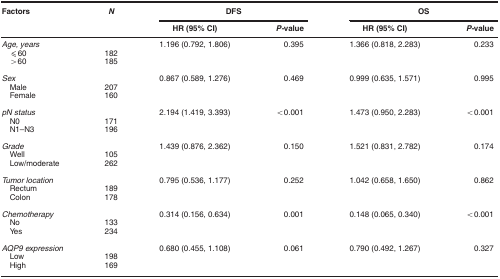
<table><thead><tr><td><b>Factors</b></td><td><b><i>N</i></b></td><td colspan="2"><b>DFS</b></td><td colspan="2"><b>OS</b></td></tr><tr><td><b> </b></td><td><b> </b></td><td><b>HR (95% CI)</b></td><td><b><i>P-</i>value</b></td><td><b>HR (95% CI)</b></td><td><b><i>P-</i>value</b></td></tr></thead><tbody><tr><td><i>Age, years</i></td><td> </td><td>1.196 (0.792, 1.806)</td><td>0.395</td><td>1.366 (0.818, 2.283)</td><td>0.233</td></tr><tr><td> ⩽60</td><td>182</td><td> </td><td> </td><td> </td><td> </td></tr><tr><td> &gt;60</td><td>185</td><td> </td><td> </td><td> </td><td> </td></tr><tr><td> </td><td> </td><td> </td><td> </td><td> </td><td> </td></tr><tr><td><i>Sex</i></td><td> </td><td>0.867 (0.589, 1.276)</td><td>0.469</td><td>0.999 (0.635, 1.571)</td><td>0.995</td></tr><tr><td> Male</td><td>207</td><td> </td><td> </td><td> </td><td> </td></tr><tr><td> Female</td><td>160</td><td> </td><td> </td><td> </td><td> </td></tr><tr><td> </td><td> </td><td> </td><td> </td><td> </td><td> </td></tr><tr><td><i>pN status</i></td><td> </td><td>2.194 (1.419, 3.393)</td><td>&lt;0.001</td><td>1.473 (0.950, 2.283)</td><td>&lt;0.001</td></tr><tr><td> N0</td><td>171</td><td> </td><td> </td><td> </td><td> </td></tr><tr><td> N1–N3</td><td>196</td><td> </td><td> </td><td> </td><td> </td></tr><tr><td> </td><td> </td><td> </td><td> </td><td> </td><td> </td></tr><tr><td><i>Grade</i></td><td> </td><td>1.439 (0.876, 2.362)</td><td>0.150</td><td>1.521 (0.831, 2.782)</td><td>0.174</td></tr><tr><td> Well</td><td>105</td><td> </td><td> </td><td> </td><td> </td></tr><tr><td> Low/moderate</td><td>262</td><td> </td><td> </td><td> </td><td> </td></tr><tr><td> </td><td> </td><td> </td><td> </td><td> </td><td> </td></tr><tr><td><i>Tumor location</i></td><td> </td><td>0.795 (0.536, 1.177)</td><td>0.252</td><td>1.042 (0.658, 1.650)</td><td>0.862</td></tr><tr><td> Rectum</td><td>189</td><td> </td><td> </td><td> </td><td> </td></tr><tr><td> Colon</td><td>178</td><td> </td><td> </td><td> </td><td> </td></tr><tr><td> </td><td> </td><td> </td><td> </td><td> </td><td> </td></tr><tr><td><i>Chemotherapy</i></td><td> </td><td>0.314 (0.156, 0.634)</td><td>0.001</td><td>0.148 (0.065, 0.340)</td><td>&lt;0.001</td></tr><tr><td> No</td><td>133</td><td> </td><td> </td><td> </td><td> </td></tr><tr><td> Yes</td><td>234</td><td> </td><td> </td><td> </td><td> </td></tr><tr><td> </td><td> </td><td> </td><td> </td><td> </td><td> </td></tr><tr><td><i>AQP9 expression</i></td><td> </td><td>0.680 (0.455, 1.108)</td><td>0.061</td><td>0.790 (0.492, 1.267)</td><td>0.327</td></tr><tr><td> Low</td><td>198</td><td> </td><td> </td><td> </td><td> </td></tr><tr><td> High</td><td>169</td><td> </td><td> </td><td> </td><td> </td></tr></tbody></table>